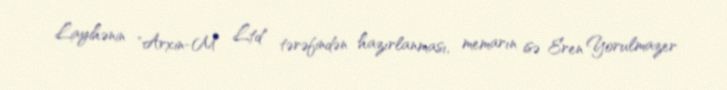
Layihənin "Arxin-M Ltd" tərəfindən hazırlanması, memarın isə Eren Yorulmazer